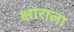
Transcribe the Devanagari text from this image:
क्षाराला